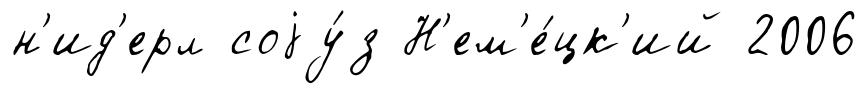
н'ид'ерл соjу́з Н'ем'е́цк'ий 2006